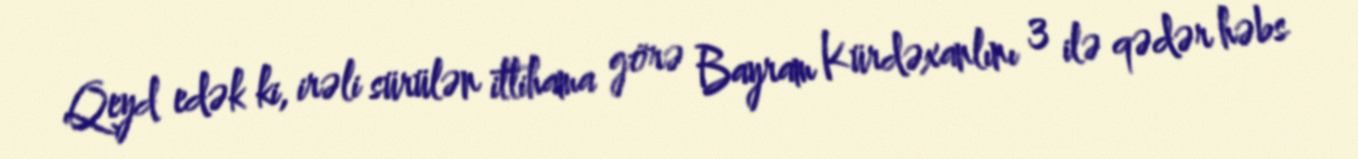
Qeyd edək ki, irəli sürülən ittihama görə Bayram Kürdəxanlını 3 ilə qədər həbs